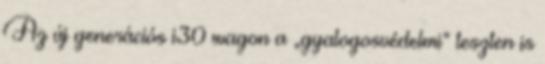
Az új generációs i30 wagon a „gyalogosvédelmi” teszten is